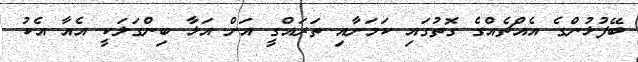
ބޭފުޅުންގެ އެއްޗެއްގެ ގޮތުގައި ކަމަށާއި ތަރައްގީ އަށް އަޅާ ބިންގަލަކީ އެއާ އެކު